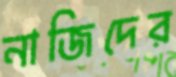
নাজিদের